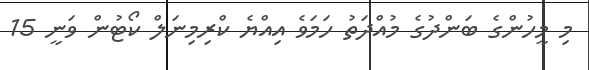
މި މީހުންގެ ބަންދުގެ މުއްދަތު ހަމަވެ އިއްޔެ ކްރިމިނަލް ކޯޓުން ވަނީ 15